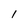
Character: I